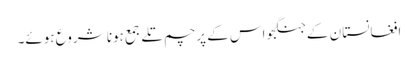
افغانستان کے جنگجو اس کے پرچم تلے جمع ہونا شروع ہوئے۔